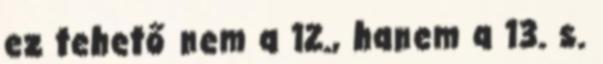
ez tehető nem a 12., hanem a 13. s.